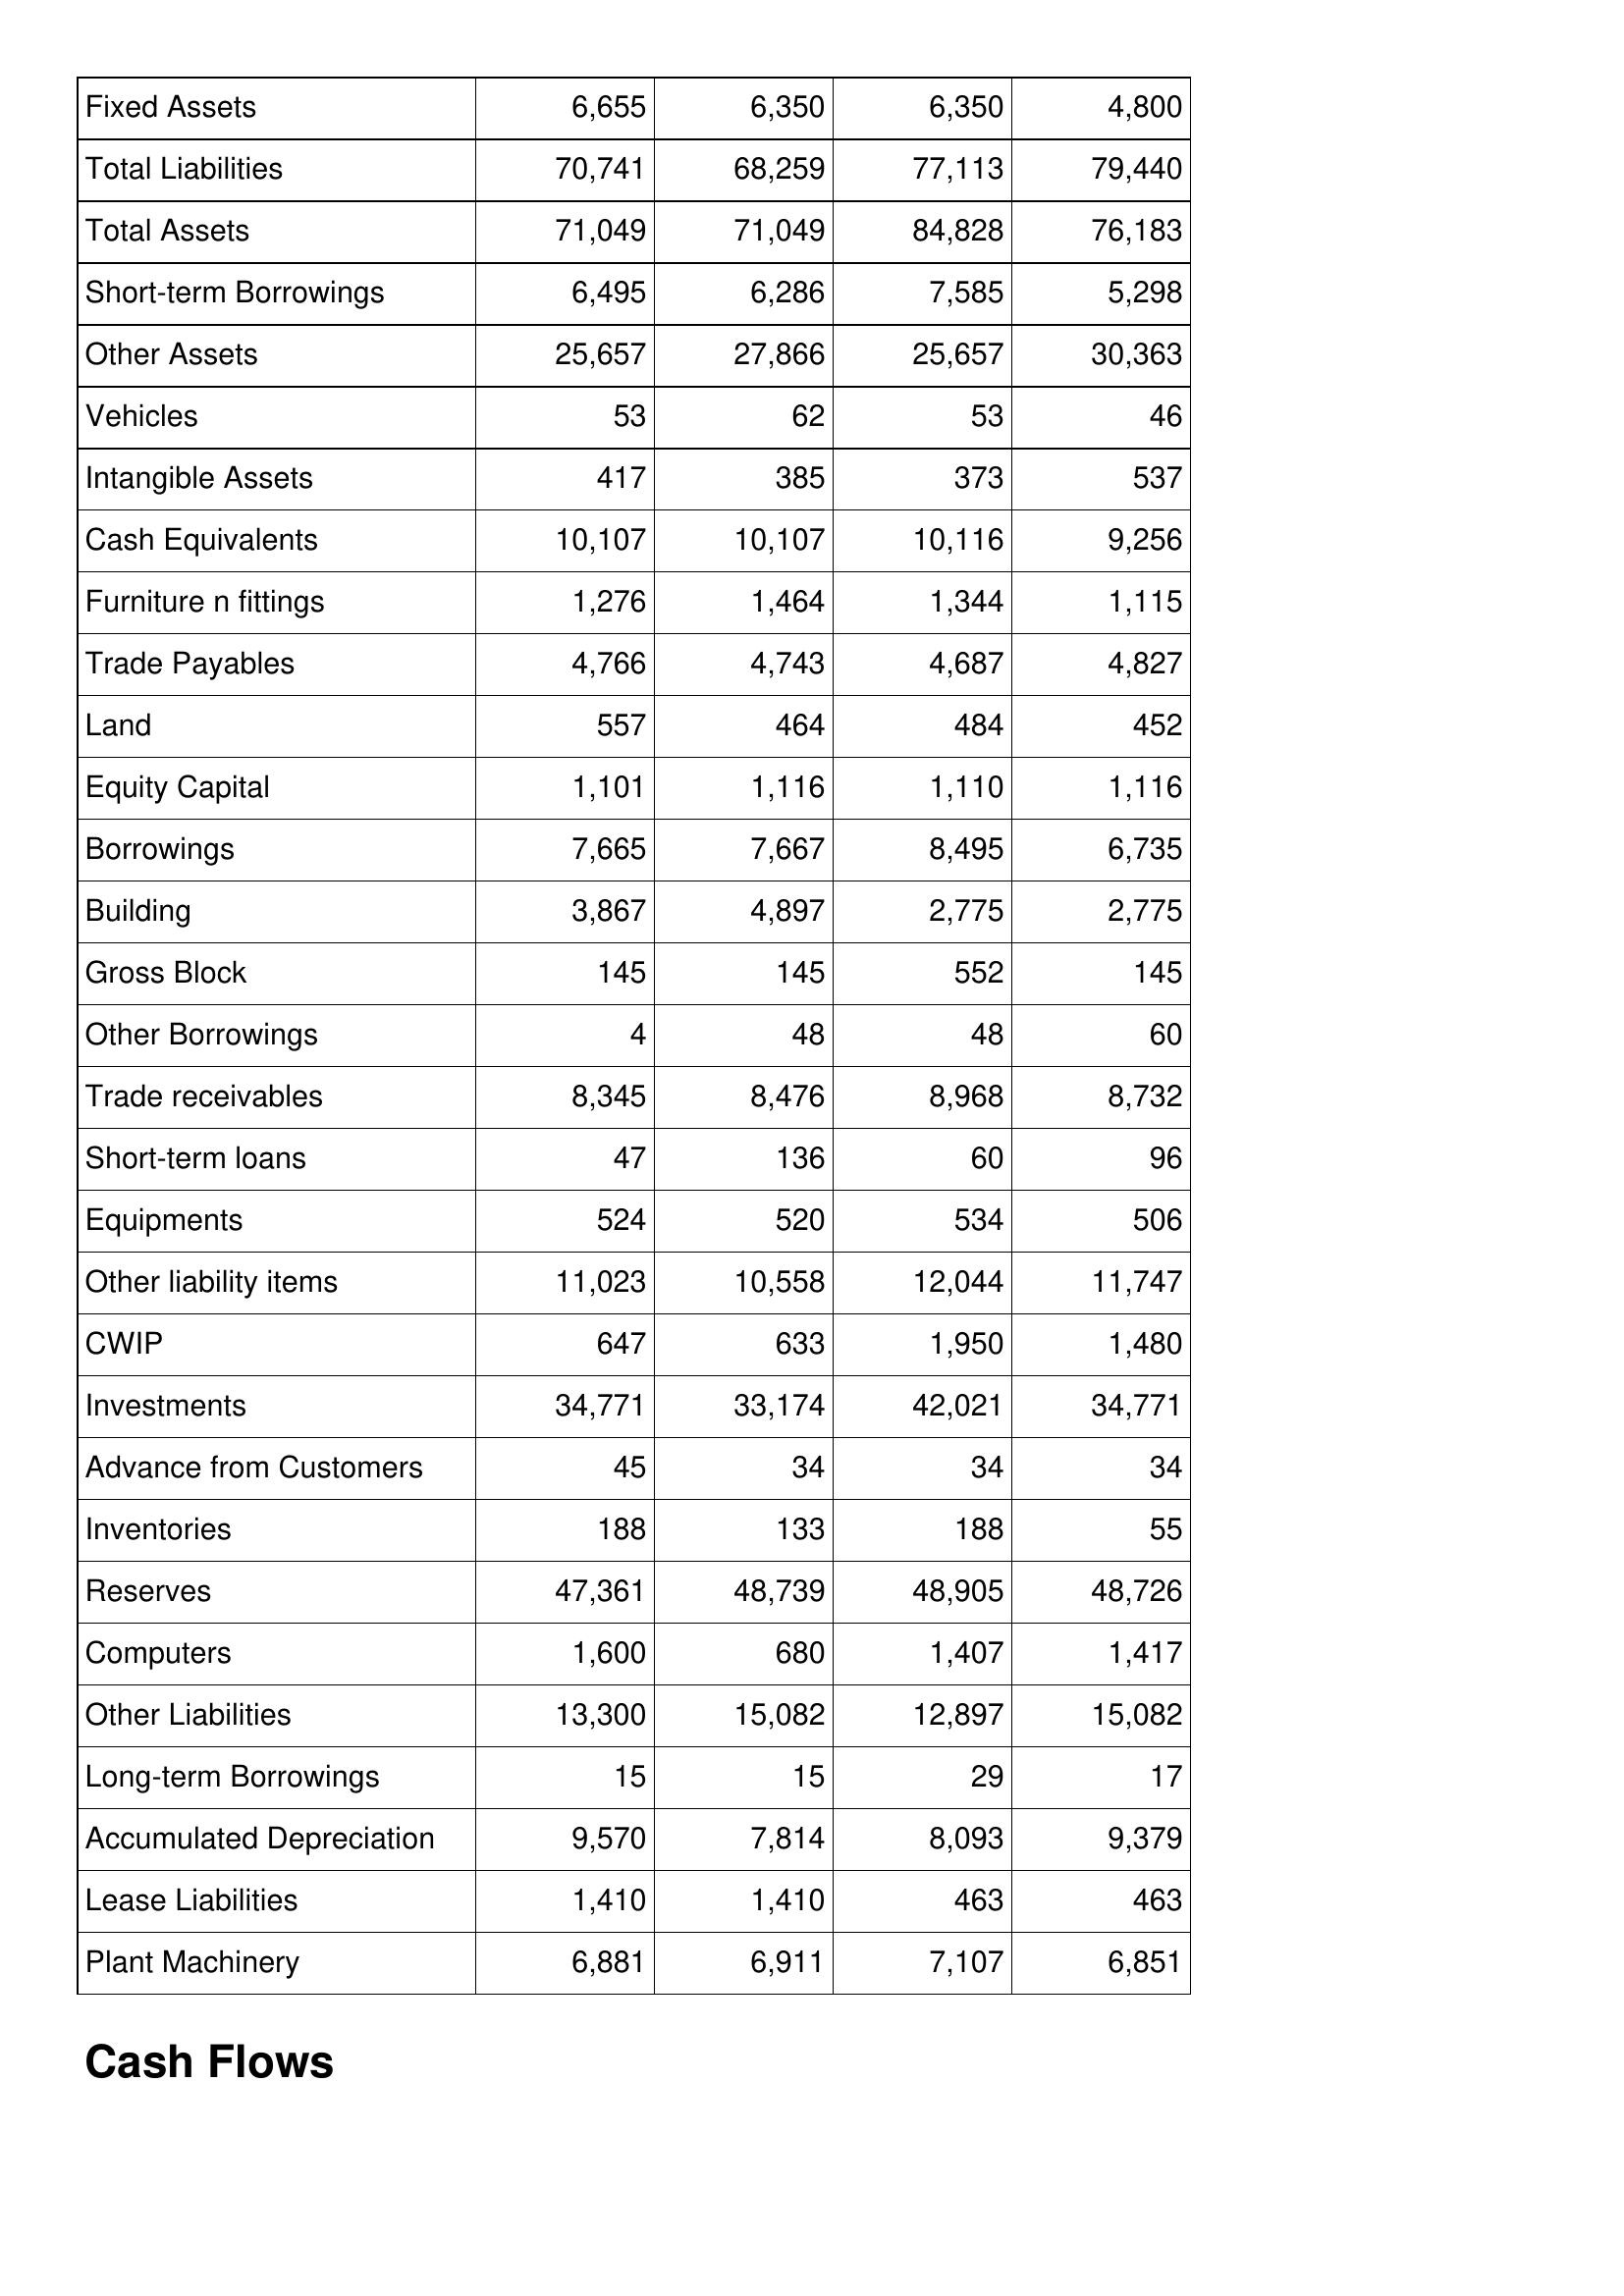
May-11: Balance Sheet: Fixed Assets: 6,655
Total Liabilities: 70,741
Total Assets: 71,049
Short-term Borrowings: 6,495
Other Assets: 25,657
Vehicles: 53
Intangible Assets: 417
Cash Equivalents: 10,107
Furniture n fittings: 1,276
Trade Payables: 4,766
Land: 557
Equity Capital: 1,101
Borrowings: 7,665
Building: 3,867
Gross Block: 145
Other Borrowings: 4
Trade receivables: 8,345
Short-term loans: 47
Equipments: 524
Other liability items: 11,023
CWIP: 647
Investments: 34,771
Advance from Customers: 45
Inventories: 188
Reserves: 47,361
Computers: 1,600
Other Liabilities: 13,300
Long-term Borrowings: 15
Accumulated Depreciation: 9,570
Lease Liabilities: 1,410
Plant Machinery: 6,881
May-10: Balance Sheet: Fixed Assets: 6,350
Total Liabilities: 68,259
Total Assets: 71,049
Short-term Borrowings: 6,286
Other Assets: 27,866
Vehicles: 62
Intangible Assets: 385
Cash Equivalents: 10,107
Furniture n fittings: 1,464
Trade Payables: 4,743
Land: 464
Equity Capital: 1,116
Borrowings: 7,667
Building: 4,897
Gross Block: 145
Other Borrowings: 48
Trade receivables: 8,476
Short-term loans: 136
Equipments: 520
Other liability items: 10,558
CWIP: 633
Investments: 33,174
Advance from Customers: 34
Inventories: 133
Reserves: 48,739
Computers: 680
Other Liabilities: 15,082
Long-term Borrowings: 15
Accumulated Depreciation: 7,814
Lease Liabilities: 1,410
Plant Machinery: 6,911
May-09: Balance Sheet: Fixed Assets: 6,350
Total Liabilities: 77,113
Total Assets: 84,828
Short-term Borrowings: 7,585
Other Assets: 25,657
Vehicles: 53
Intangible Assets: 373
Cash Equivalents: 10,116
Furniture n fittings: 1,344
Trade Payables: 4,687
Land: 484
Equity Capital: 1,110
Borrowings: 8,495
Building: 2,775
Gross Block: 552
Other Borrowings: 48
Trade receivables: 8,968
Short-term loans: 60
Equipments: 534
Other liability items: 12,044
CWIP: 1,950
Investments: 42,021
Advance from Customers: 34
Inventories: 188
Reserves: 48,905
Computers: 1,407
Other Liabilities: 12,897
Long-term Borrowings: 29
Accumulated Depreciation: 8,093
Lease Liabilities: 463
Plant Machinery: 7,107
May-08: Balance Sheet: Fixed Assets: 4,800
Total Liabilities: 79,440
Total Assets: 76,183
Short-term Borrowings: 5,298
Other Assets: 30,363
Vehicles: 46
Intangible Assets: 537
Cash Equivalents: 9,256
Furniture n fittings: 1,115
Trade Payables: 4,827
Land: 452
Equity Capital: 1,116
Borrowings: 6,735
Building: 2,775
Gross Block: 145
Other Borrowings: 60
Trade receivables: 8,732
Short-term loans: 96
Equipments: 506
Other liability items: 11,747
CWIP: 1,480
Investments: 34,771
Advance from Customers: 34
Inventories: 55
Reserves: 48,726
Computers: 1,417
Other Liabilities: 15,082
Long-term Borrowings: 17
Accumulated Depreciation: 9,379
Lease Liabilities: 463
Plant Machinery: 6,851